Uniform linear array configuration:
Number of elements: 48
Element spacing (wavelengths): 0.5
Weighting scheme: hann
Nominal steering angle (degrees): -30
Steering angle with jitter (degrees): -28.113
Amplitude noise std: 0.05
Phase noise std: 0.05

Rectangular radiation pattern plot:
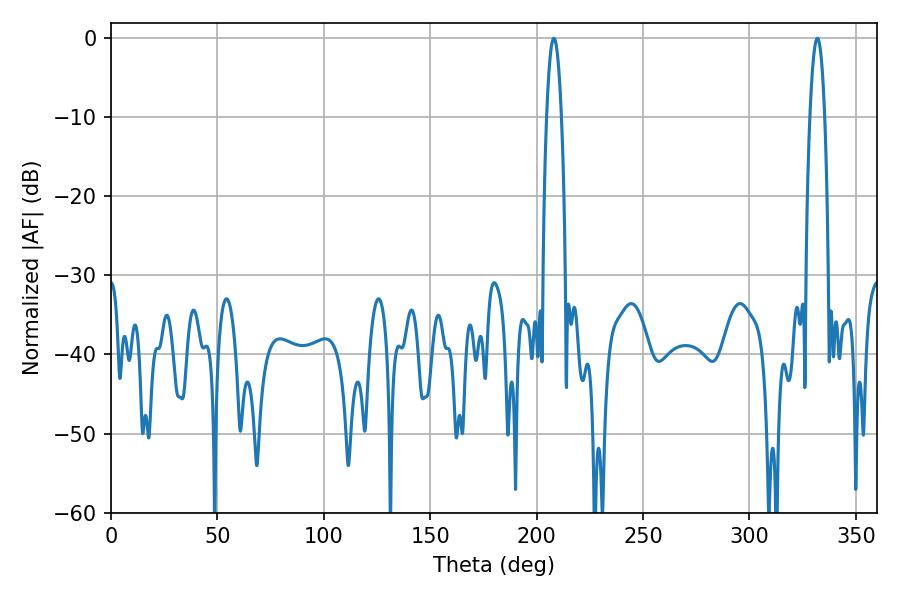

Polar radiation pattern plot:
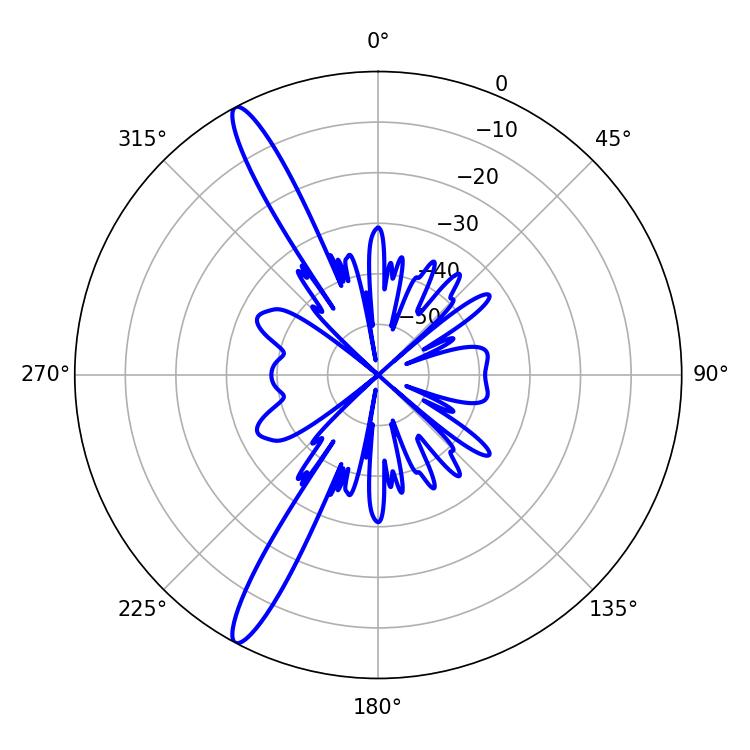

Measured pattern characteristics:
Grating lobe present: FALSE
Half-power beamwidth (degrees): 3.78
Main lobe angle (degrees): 208.08